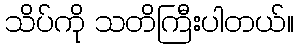
သိပ်ကို သတိကြီးပါတယ်။